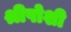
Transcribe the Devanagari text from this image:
श्रीपोशी